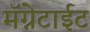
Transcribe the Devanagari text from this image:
मॅग्नेटाईट